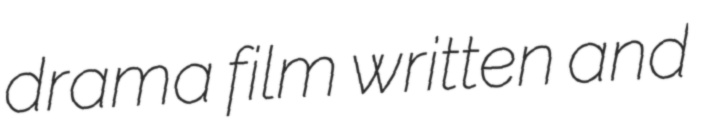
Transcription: drama film written and